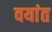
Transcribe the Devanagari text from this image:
वयांत